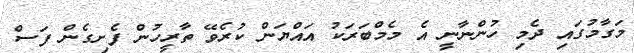
މަގާމުގައި ދެމި ހުންނާނީ އެ މެމްބަރަކު އައްޔަން ކުރެވޭ ތާރީހުން ފެށިގެން ފަސް